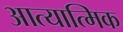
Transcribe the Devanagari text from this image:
आत्यात्मिक